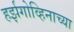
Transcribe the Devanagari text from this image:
हर्झगोव्हिनाच्या